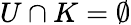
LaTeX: U\cap K=\emptyset